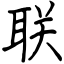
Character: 联